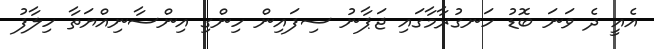
އެއީ ދެ ވަނަ ބޮޑު ހަނގުރާމާގައި ޖަޕާނު ސިފައިން ހިންގި އިންސާނިއްޔަތާ ހިލާފު